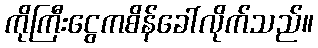
ကိုကြီးငွေကစိန်ခေါ်လိုက်သည်။